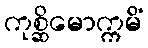
ကုစ္ဆိမောက္ကမိံ